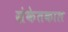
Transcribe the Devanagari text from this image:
संकेतकाल